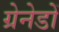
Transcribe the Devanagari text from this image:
ग्रेनेडों